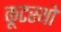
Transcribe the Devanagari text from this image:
कूटस्थो